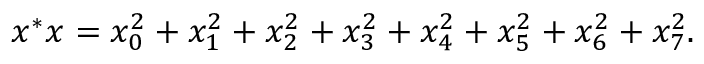
x ^ { * } x = x _ { 0 } ^ { 2 } + x _ { 1 } ^ { 2 } + x _ { 2 } ^ { 2 } + x _ { 3 } ^ { 2 } + x _ { 4 } ^ { 2 } + x _ { 5 } ^ { 2 } + x _ { 6 } ^ { 2 } + x _ { 7 } ^ { 2 } .